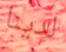
لدينا